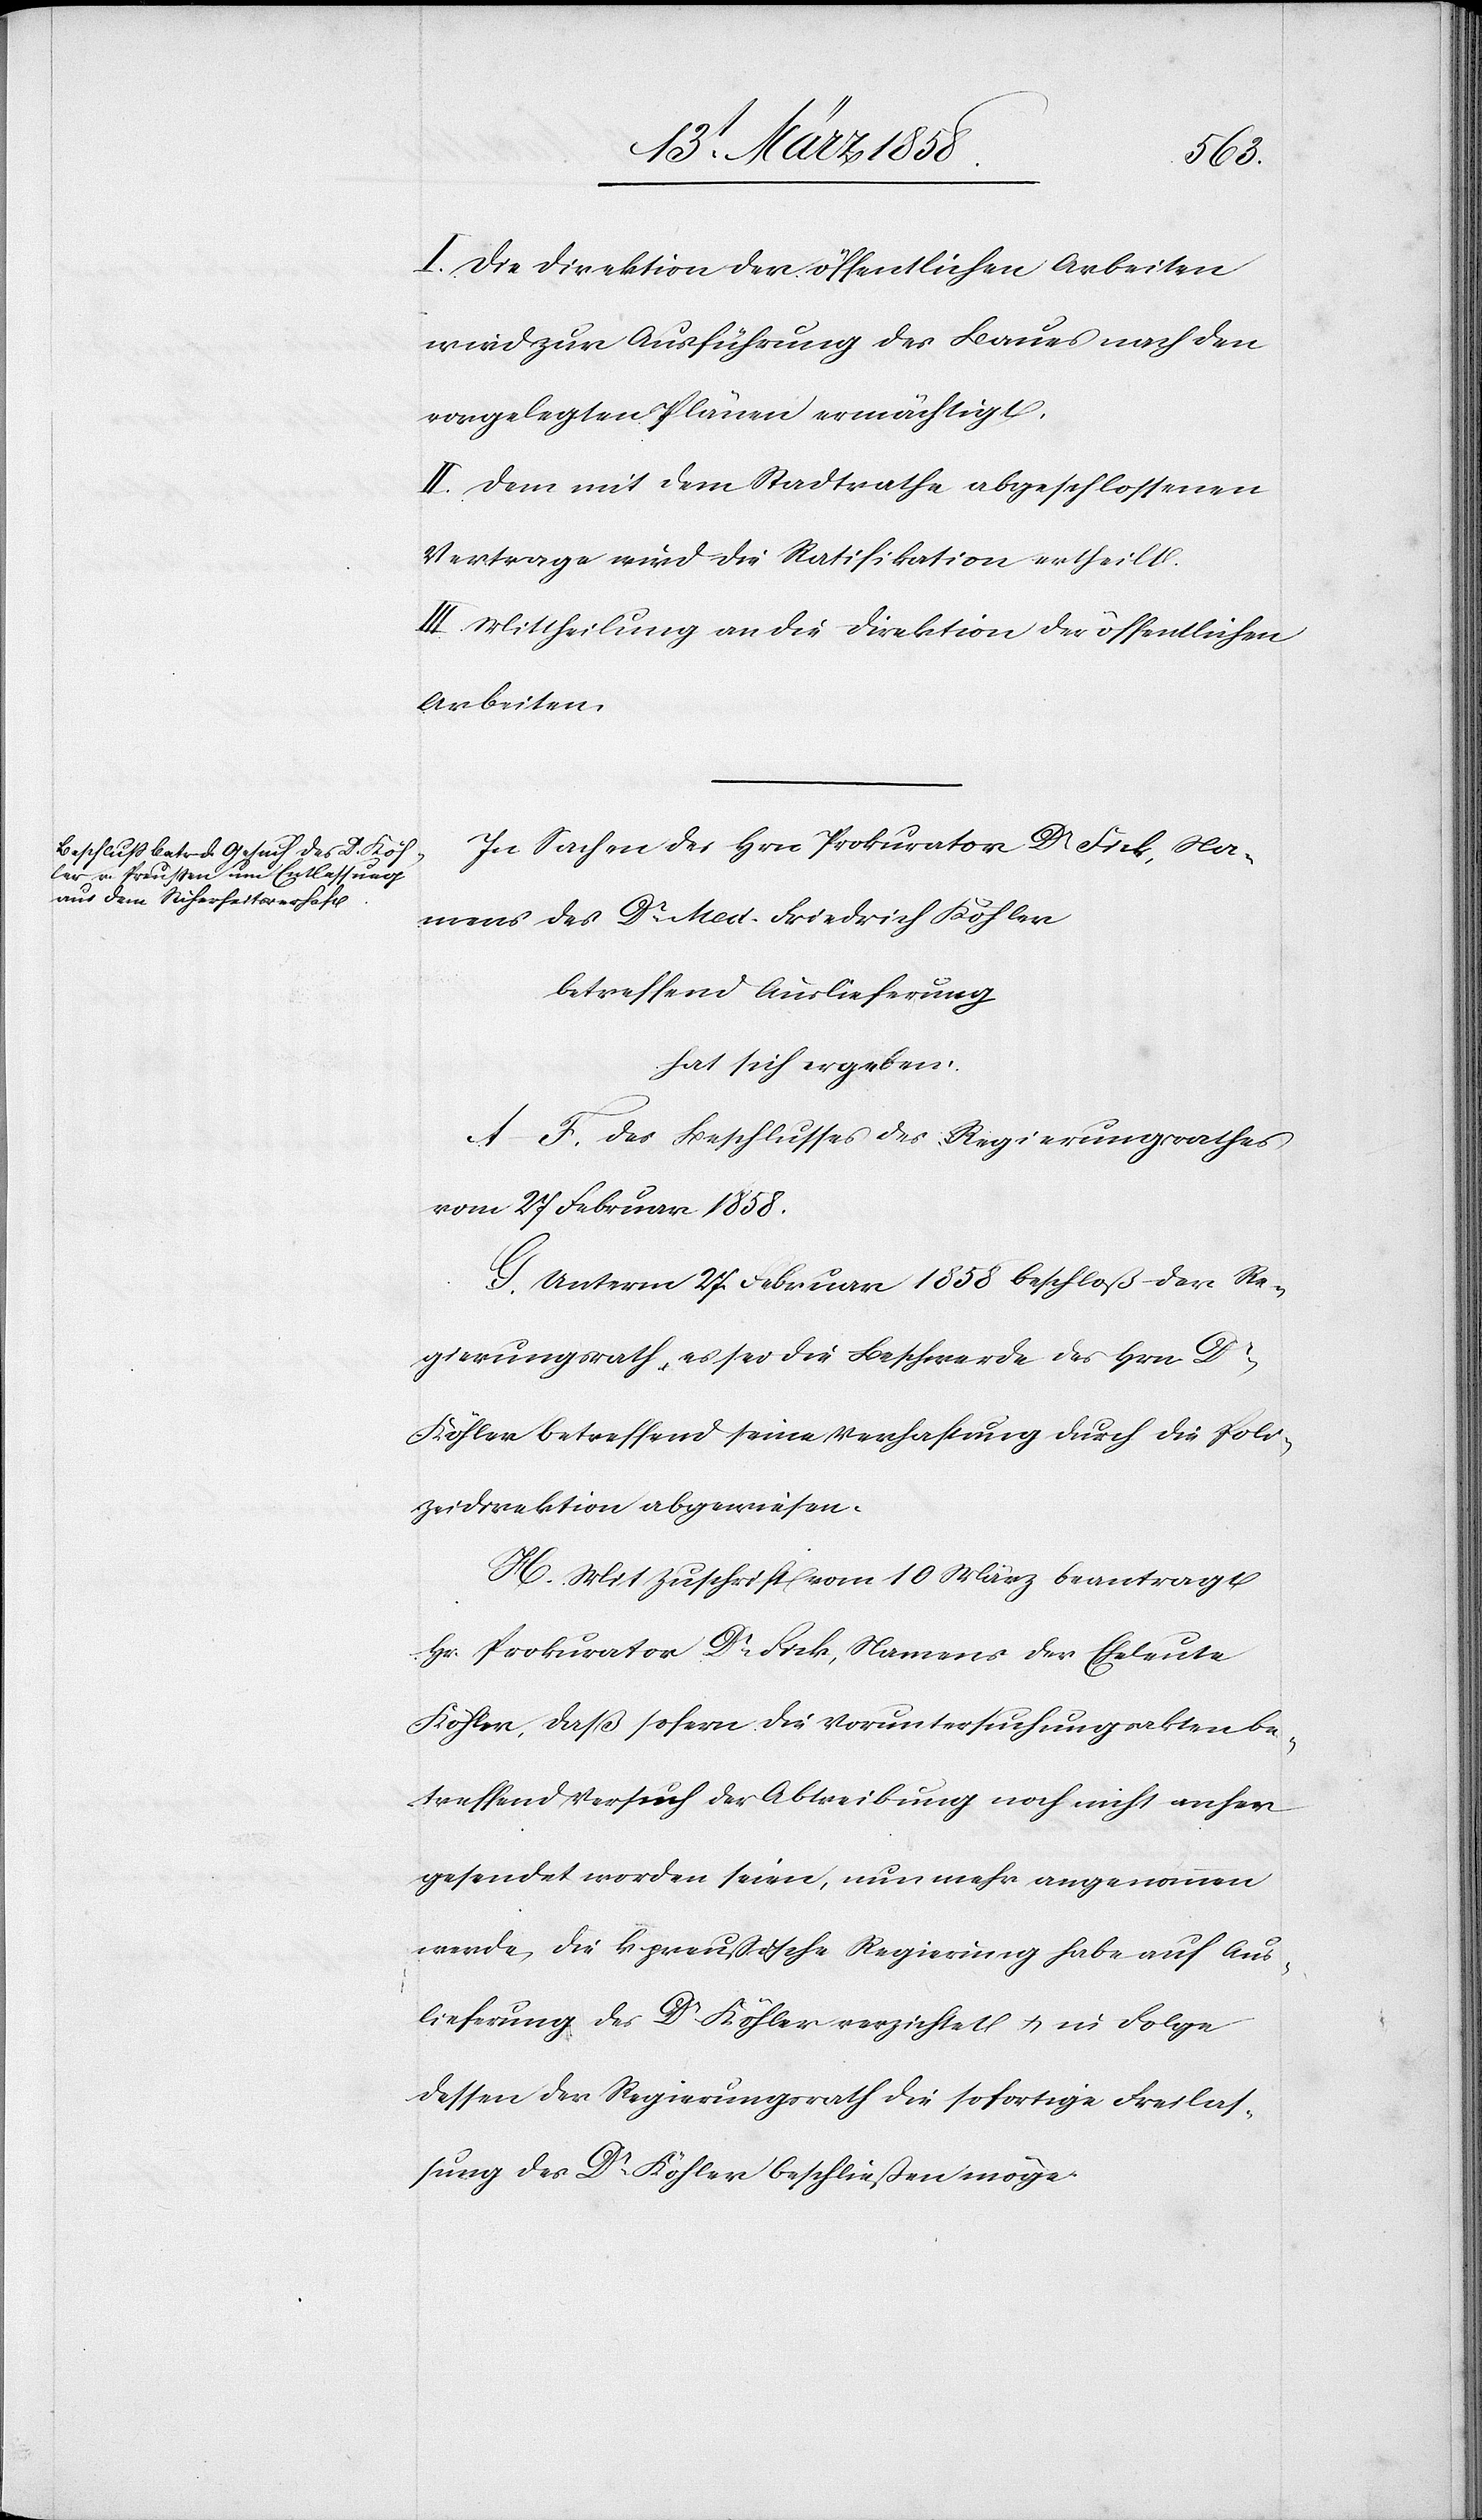
I. Die Direktion der öffentlichen Arbeiten
wird zur Ausführung des Baues nach den
vorgelegten Plänen ermächtigt.
II. Dem mit dem Stadtrathe abgeschlossenen
Vertrage wird die Ratifikation ertheilt.
III. Mittheilung an die Direktion der öffentlichen
Arbeiten.
In Sachen des Hrn. Prokurator Dr Fick, Na¬
mens des Dr Med. Friedrich Köhler
betreffend Auslieferung
hat sich ergeben:
A–F. Des Beschlusses des Regierungsrathes
vom 27. Februar 1858.
G. Unterm 27. Februar 1858 beschloß der Re¬
gierungsrath, es sei die Beschwerde des Hrn. Dr
Köhler betreffend seine Verhaftung durch die Poli¬
zeidirektion abgewiesen.
H. Mit Zuschrift vom 10. März beantragt
Hr. Prokurator Dr Fick, Namens der Eheleute
Köhler, daß sofern die Voruntersuchungsakten be¬
treffend Versuch der Abtreibung noch nicht anher¬
gesendet worden seien, nun mehr angenommen
werde, die k. preußische Regierung habe auf Aus¬
lieferung des Dr Köhler verzichtet u. in Folge
dessen der Regierungsrath die sofortige Freilas¬
sung des Dr Köhler beschließen möge.